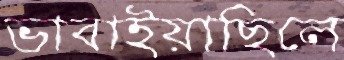
ভাবাইয়াছিলে